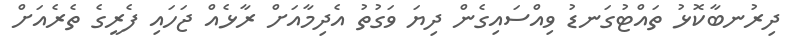
ދިރުނބާކޮޅު ތައްޓުގަނޑު ވިއްސައިގެން ދިޔަ ވަގުތު އެދިމާއަށް ރާޅެއް ޖަހައި ފެރީގެ ތެރެއަށް